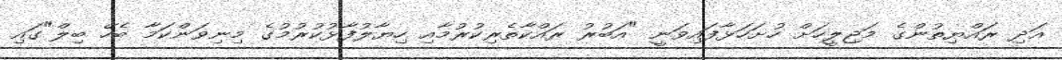
އަދި ރައްޔިތުންގެ މަޖިލީހަށް ހުށަހަޅާފައިވަނީ "އަބުރު ރައްކާތެރިކުރުމާއި ހިޔާލުފާޅުކުރުމުގެ މިނިވަންކަމާ ބެހޭ ބިލް"ގައި